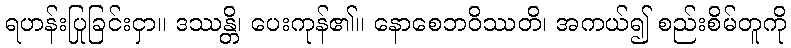
ရဟန်းပြုခြင်းငှာ။ ဒဿန္တိ၊ ပေးကုန်၏။ နောစေဘဝိဿတိ၊ အကယ်၍ စည်းစိမ်တူကို